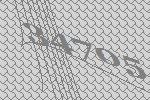
34705